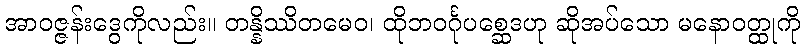
အာဝဇ္ဇန်းဒွေကိုလည်း။ တန္နိဿိတမေဝ၊ ထိုဘဝင်္ဂုပစ္ဆေဒဟု ဆိုအပ်သော မနောဝတ္ထုကို